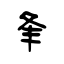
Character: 夆